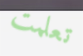
تعلمت